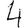
Digit: 4